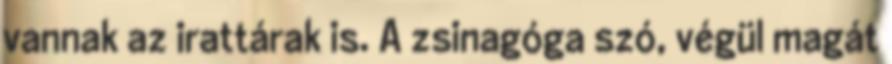
vannak az irattárak is. A zsinagóga szó, végül magát